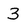
Character: 3